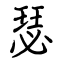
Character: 瑟